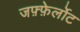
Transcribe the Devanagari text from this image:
जफ़्फ़ेर्लोट